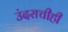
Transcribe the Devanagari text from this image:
उंदराचीही